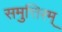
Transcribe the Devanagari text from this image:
समुत्तिरम्